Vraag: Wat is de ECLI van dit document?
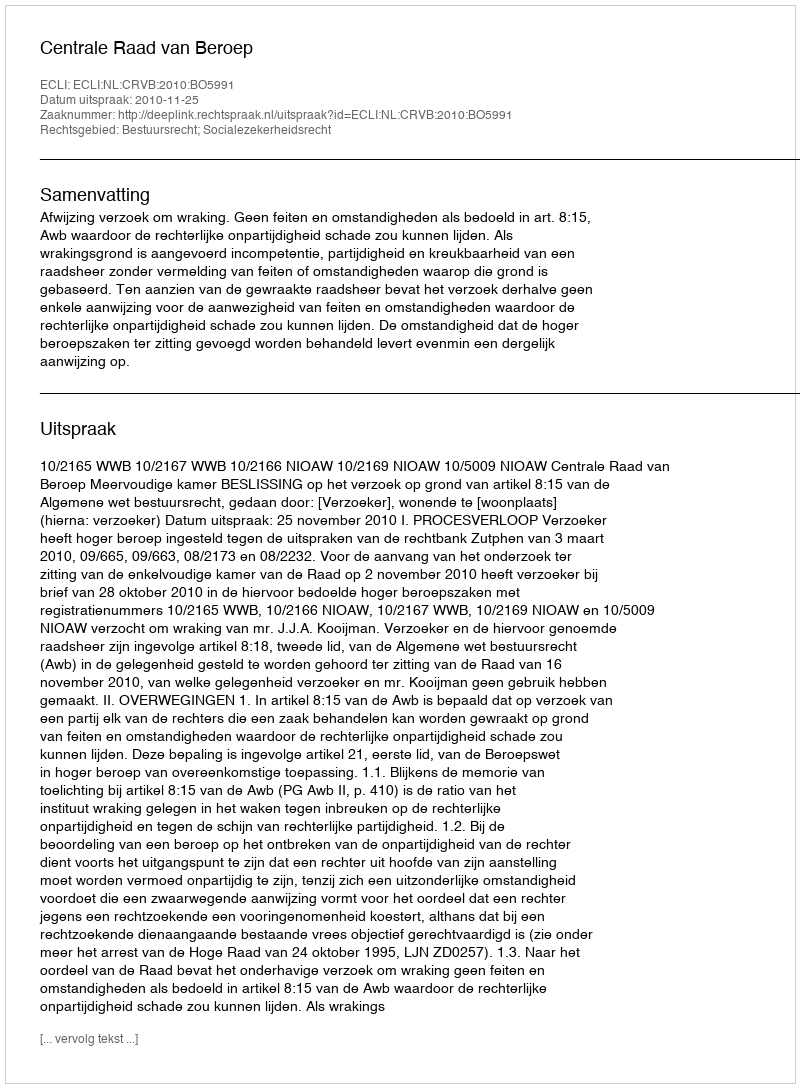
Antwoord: ECLI:NL:CRVB:2010:BO5991